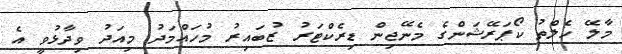
މާލޭ ހެލްތު ކޯޕަރޭޝަންގެ މެނޭޖިން ޑިރެކްޓަރު ޒުބައިރު މުހައްމަދު މިއަދު ވިދާޅުވީ އެ